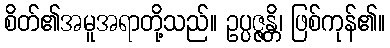
စိတ်၏အမူအရာတို့သည်။ ဥပ္ပဇ္ဇန္တိ၊ ဖြစ်ကုန်၏။